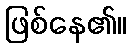
ဖြစ်နေ၏။